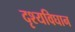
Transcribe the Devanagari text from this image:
दृश्यविघान